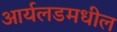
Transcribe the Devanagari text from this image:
आर्यलडमधील